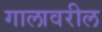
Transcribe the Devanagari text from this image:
गालावरील